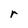
Character: r